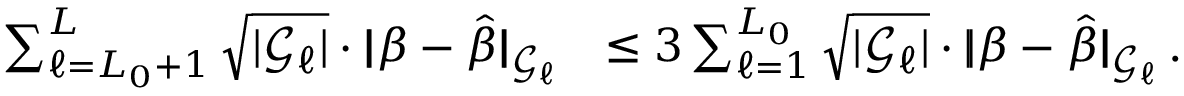
\begin{array} { r l } { \sum _ { \ell = L _ { 0 } + 1 } ^ { L } \sqrt { | { \mathcal G } _ { \ell } | } \cdot | \! | \boldsymbol { \beta } - \boldsymbol { \hat { \beta } } | \! | _ { { \mathcal G } _ { \ell } } } & { \leq 3 \sum _ { \ell = 1 } ^ { L _ { 0 } } \sqrt { | { \mathcal G } _ { \ell } | } \cdot | \! | \boldsymbol { \beta } - \boldsymbol { \hat { \beta } } | \! | _ { { \mathcal G } _ { \ell } } \, . } \end{array}